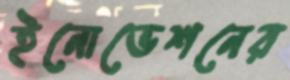
ইনোভেশনের